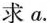
求a.